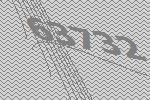
63732